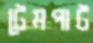
টেমপাট